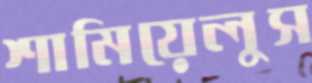
শামিয়েলুস